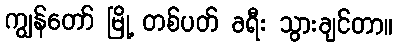
ကျွန်တော် မြို့ တစ်ပတ် ခရီး သွားချင်တာ။